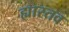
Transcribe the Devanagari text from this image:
ह्यास्तव